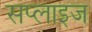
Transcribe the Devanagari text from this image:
सप्लाइज